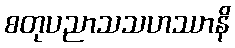
စတုပညာသသဟဿာနိ